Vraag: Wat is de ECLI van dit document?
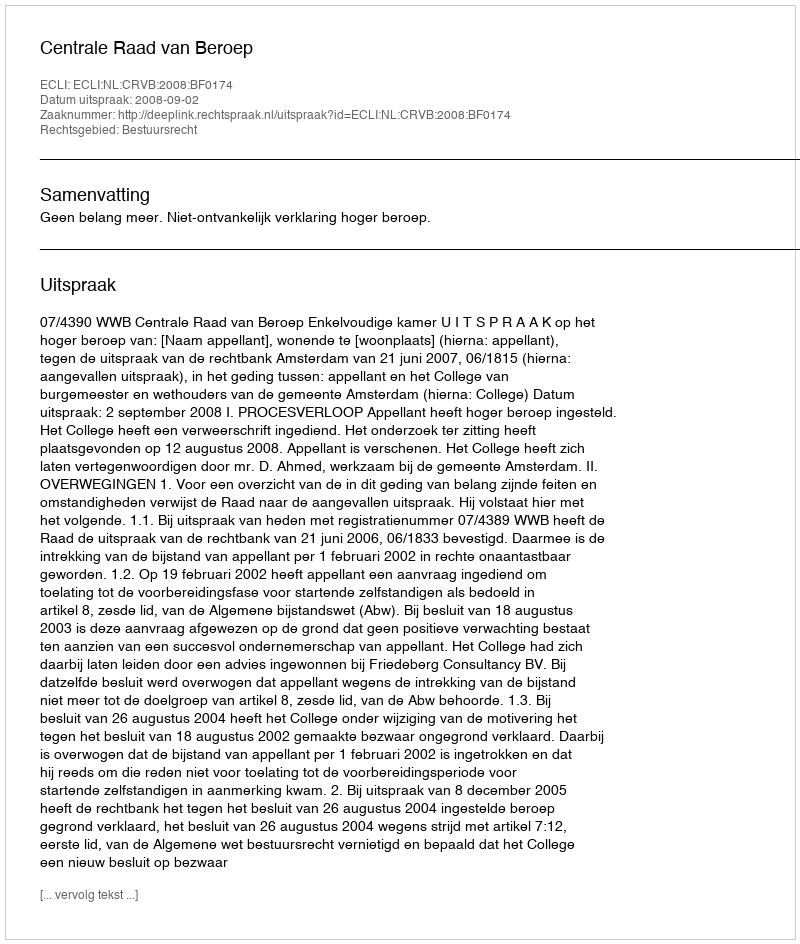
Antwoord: ECLI:NL:CRVB:2008:BF0174